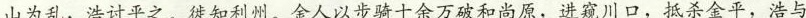
山为乱，浩讨平之。徙知利州。金人以步骑十余万破和尚原，进窥川口，抵杀金平，浩与